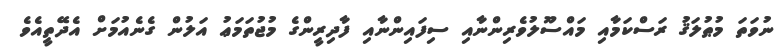
ނުވަތަ މުޠުލަޤު ރަސްކަމާއި މައްސޫލުވެރިންނާއި ސިފައިންނާއި ފާދިރީންގެ މުޖުތަމަޢު އަލުން ގެނެއުމަށް އެދޭތީއެވެ